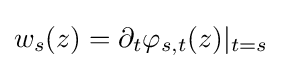
\displaystyle {w_{s}(z)=\partial _{t}\varphi _{s,t}(z)|_{t=s}}